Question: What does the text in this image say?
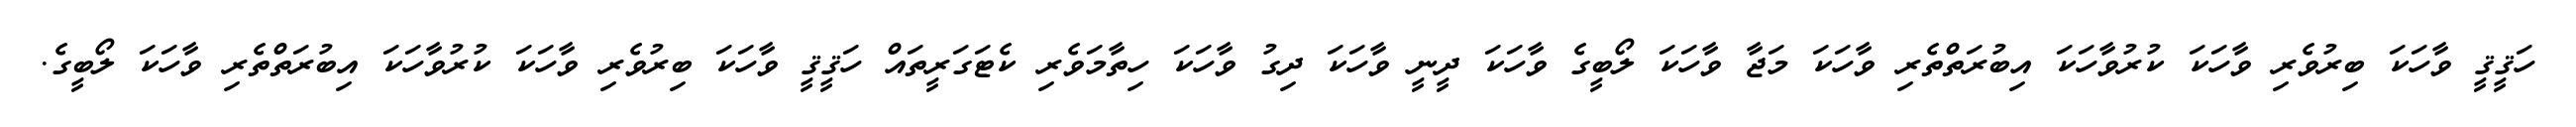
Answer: ހަޤީޤީ ވާހަކަ ބިރުވެރި ވާހަކަ ކުރުވާހަކަ އިބުރަތްތެރި ވާހަކަ މަޖާ ވާހަކަ ލޯބީގެ ވާހަކަ ދީނީ ވާހަކަ ދިގު ވާހަކަ ހިތާމަވެރި ކެޓަގަރީތައް ހަޤީޤީ ވާހަކަ ބިރުވެރި ވާހަކަ ކުރުވާހަކަ އިބުރަތްތެރި ވާހަކަ ލޯބީގެ.